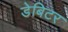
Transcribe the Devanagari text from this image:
डेबिटर